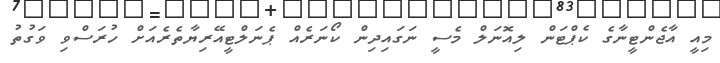
މިއީ އާޖެންޓީނާގެ ކެޕްޓަން ލިއޮނަލް މެސީ ނަގައިދިން ކޯނަރެއް ޕެނަލްޓީއޭރިޔާތެރެއަށް ހުރަސްވި ވަގުތު